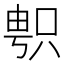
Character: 𠷓